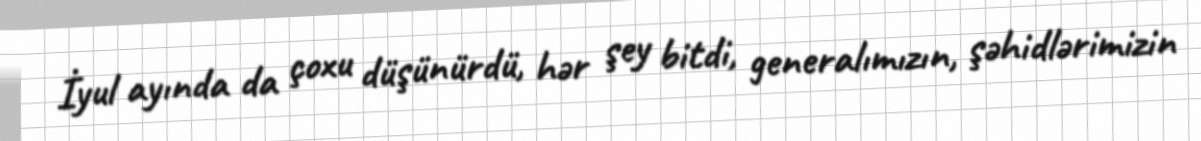
İyul ayında da çoxu düşünürdü, hər şey bitdi, generalımızın, şəhidlərimizin